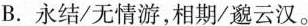
B.永结/无情游，相期/邈云汉。